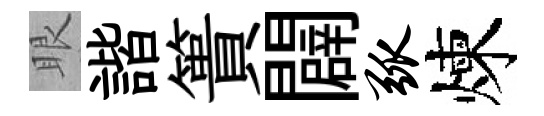
眼諧簣闢弧煉